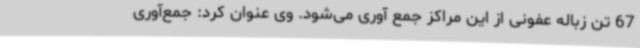
67 تن زباله عفونی از این مراکز جمع آوری می‌شود. وی عنوان کرد: جمع‌آوری